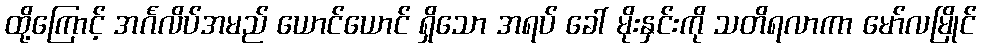
ထို့ကြောင့် အင်္ဂလိပ်အမည် ယောင်ယောင် ရှိသော အရပ် ခေါ် မိုးနှင်းကို သတိရလာကာ မော်လမြိုင်